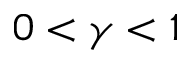
0 < \gamma < 1